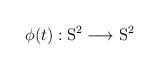
LaTeX: \begin{align*}\phi(t): \mathrm{S}^2 \longrightarrow \mathrm{S}^2\end{align*}